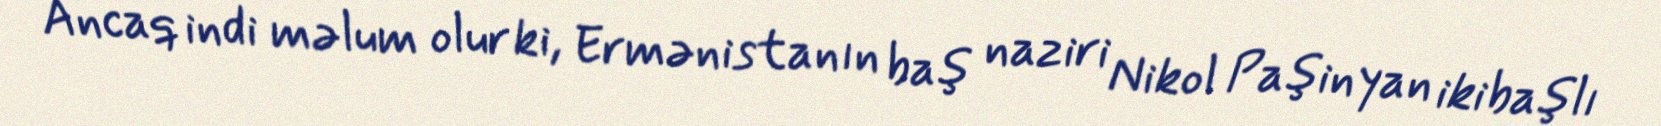
Ancaq indi məlum olur ki, Ermənistanın baş naziri Nikol Paşinyan ikibaşlı